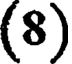
(8)